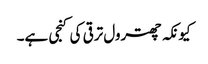
کیونکہ چھترول ترقی کی کنجی ہے۔